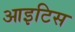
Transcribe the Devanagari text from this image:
आइटिस